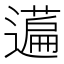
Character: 𬞤